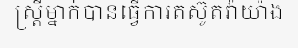
ស្ត្រីម្នាក់បានធ្វើការតស៊ូតវ៉ាយ៉ាង